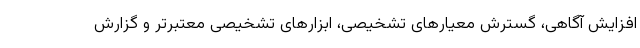
افزایش آگاهی، گسترش معیارهای تشخیصی، ابزارهای تشخیصی معتبرتر و گزارش